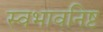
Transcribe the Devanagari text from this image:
स्वभावनिष्ट